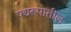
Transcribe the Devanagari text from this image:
पद्यरूपातील